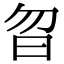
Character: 曶